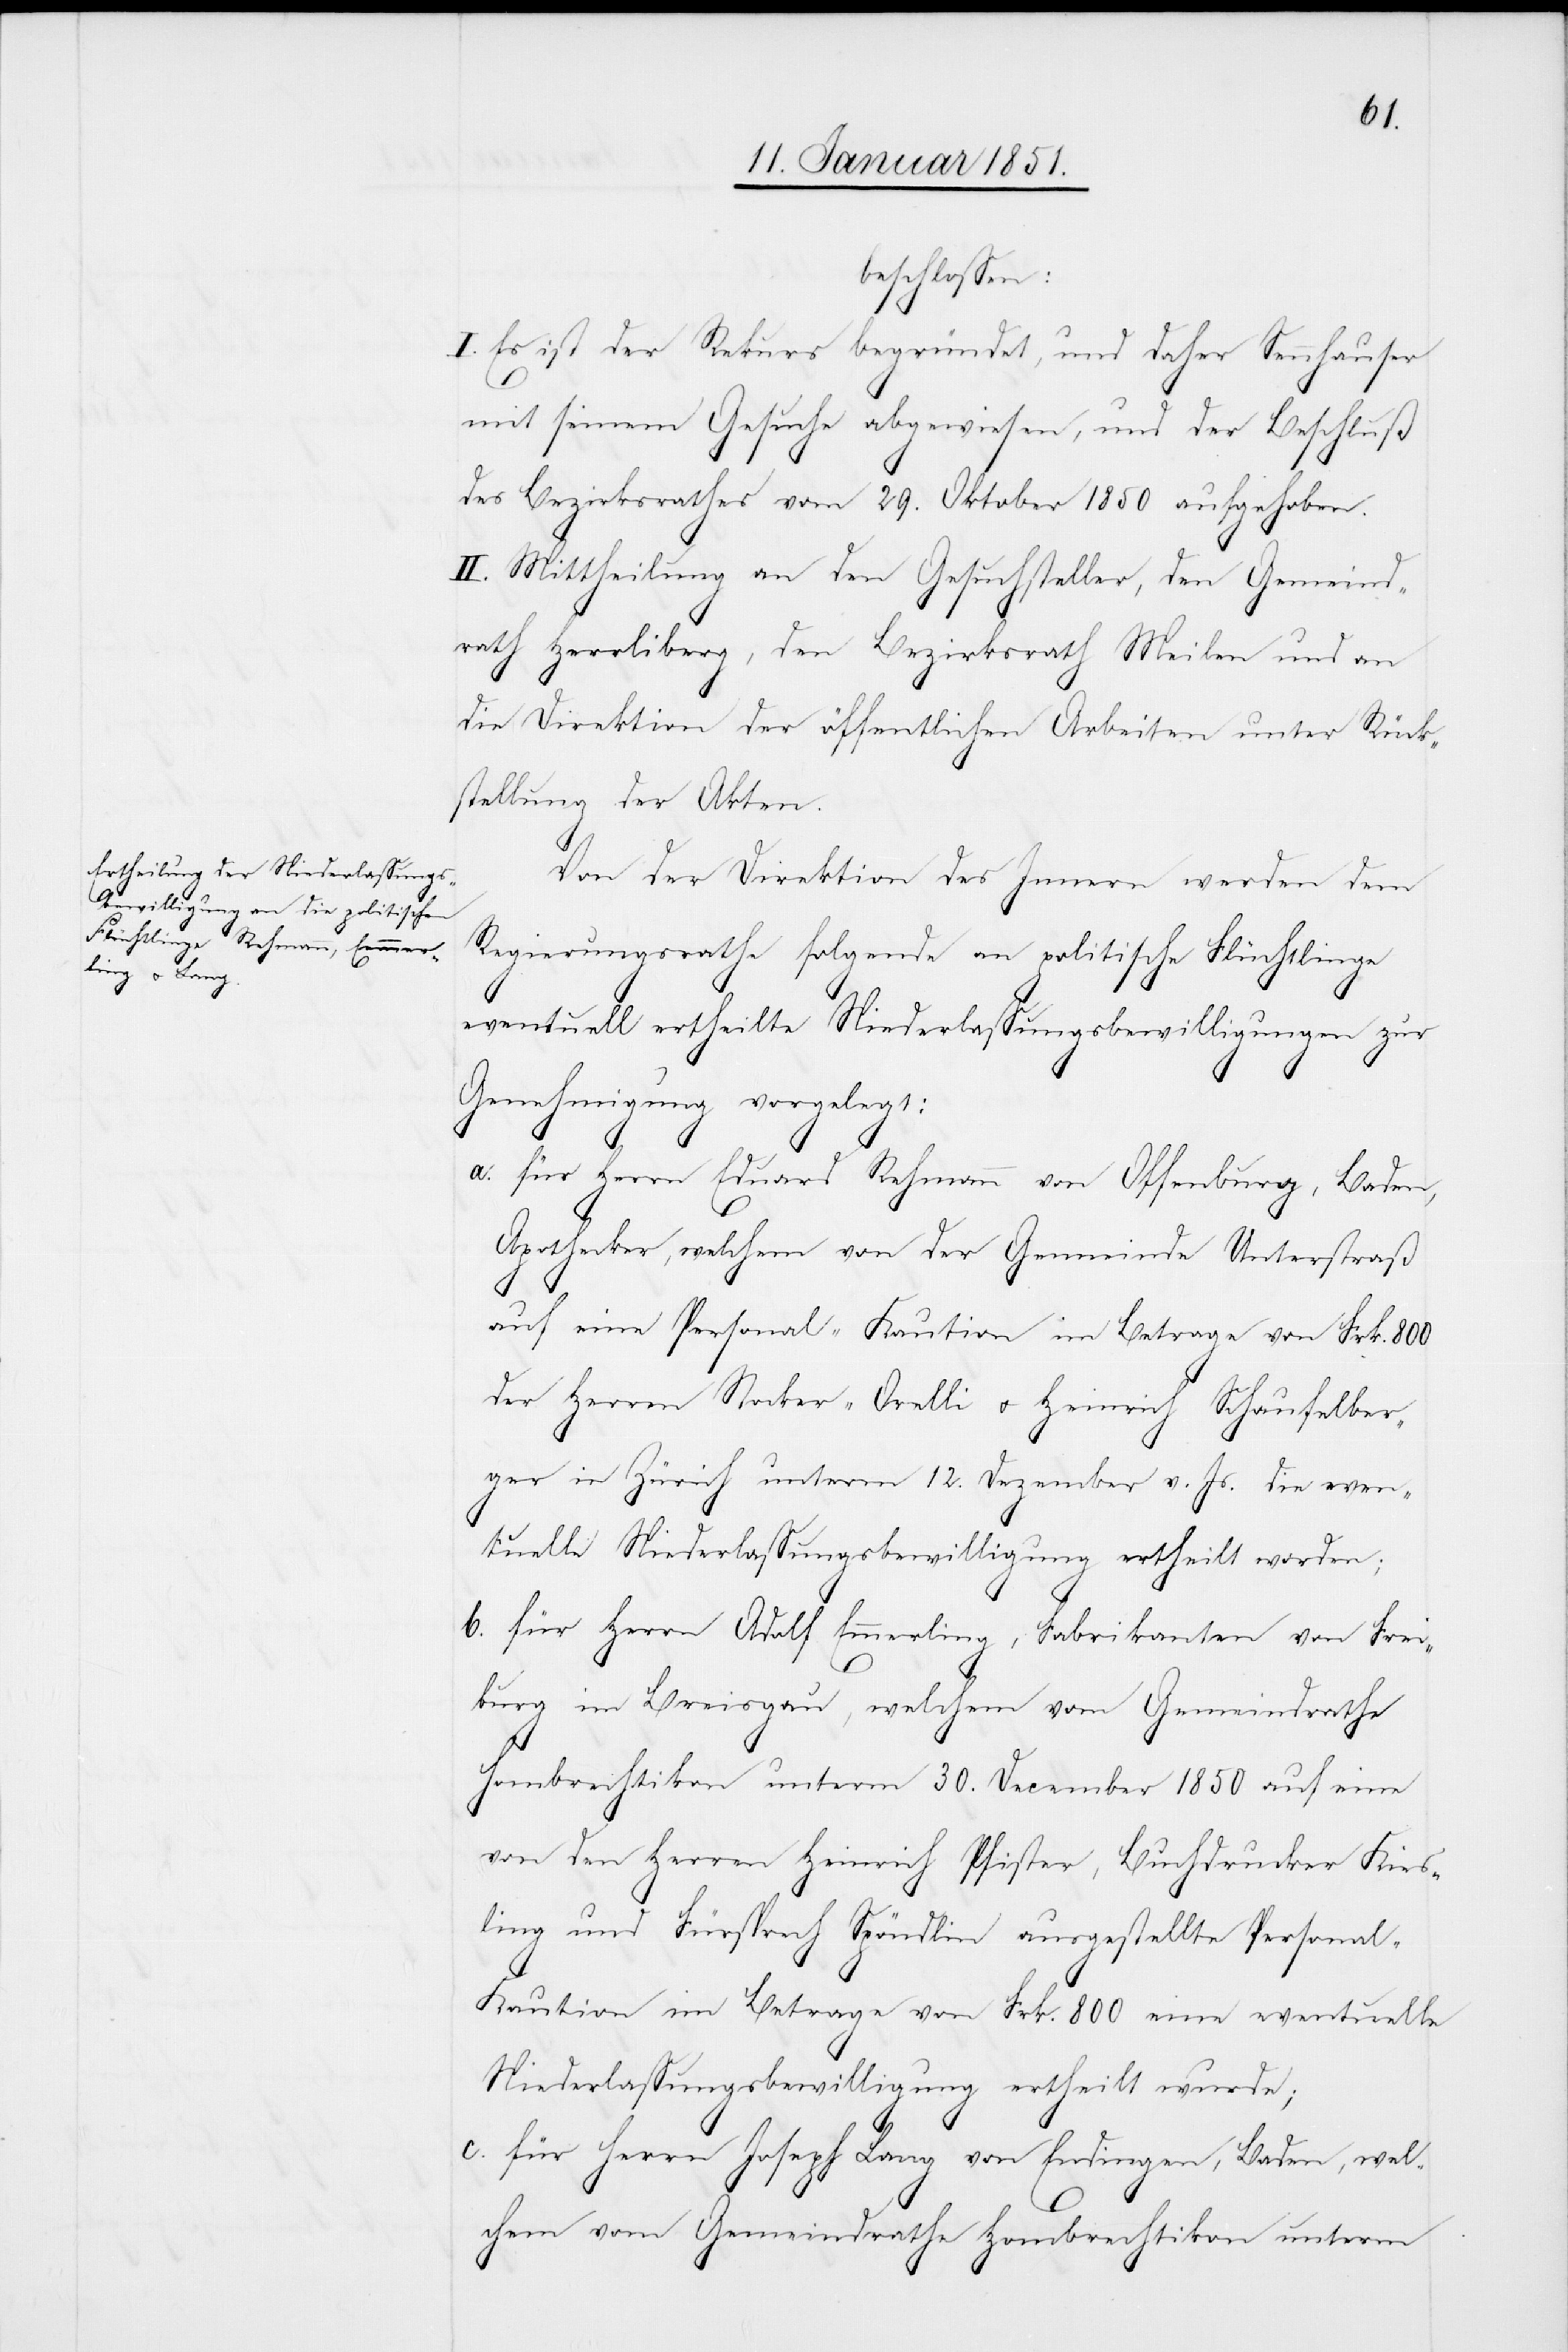
beschlossen:
I. Es ist der Rekurs begründet, und daher Sennhauser
mit seinem Gesuche abgewiesen, und der Beschluß
des Bezirksrathes vom 29. Oktober 1850 aufgehoben.
II. Mittheilung an den Gesuchsteller, den Gemeind¬
rath Herrliberg, den Bezirksrath Meilen und an
die Direktion der öffentlichen Arbeiten unter Rück¬
stellung der Akten.
Von der Direktion des Innern werden dem
Regierungsrathe folgende an politische Flüchtlinge
eventuell ertheilte Niederlassungsbewilligungen zur
Genehmigung vorgelegt:
für Herrn Eduard Rehmann von Offenburg, Baden,
Apothecker, welchem von der Gemeinde Unterstraß
auf eine Personal-Kaution im Betrage von Frk. 800
der Herren Stocker-Orelli u. Heinrich Schaufelber¬
ger in Zürich unterm 12. Dezember v. Js. die even¬
tuelle Niederlassungsbewilligung ertheilt worden;
für Herrn Adolf Emmerling, Fabrikanten von Frei¬
burg im Breisgau, welchem vom Gemeindrathe
Hombrechtikon unterm 30. December 1850 auf eine
von den Herren Heinrich Pfister, Buchdrucker Kies¬
ling und Fürsprech Spöndlin ausgestellte Personal-K¬
aution im Betrage von Frk. 800 eine eventuelle
Niederlassungsbewilligung ertheilt wurde;
für Herrn Joseph Lang von Endingen, Baden, wel¬
b.
chem vom Gemeindrathe Hombrechtikon unterm